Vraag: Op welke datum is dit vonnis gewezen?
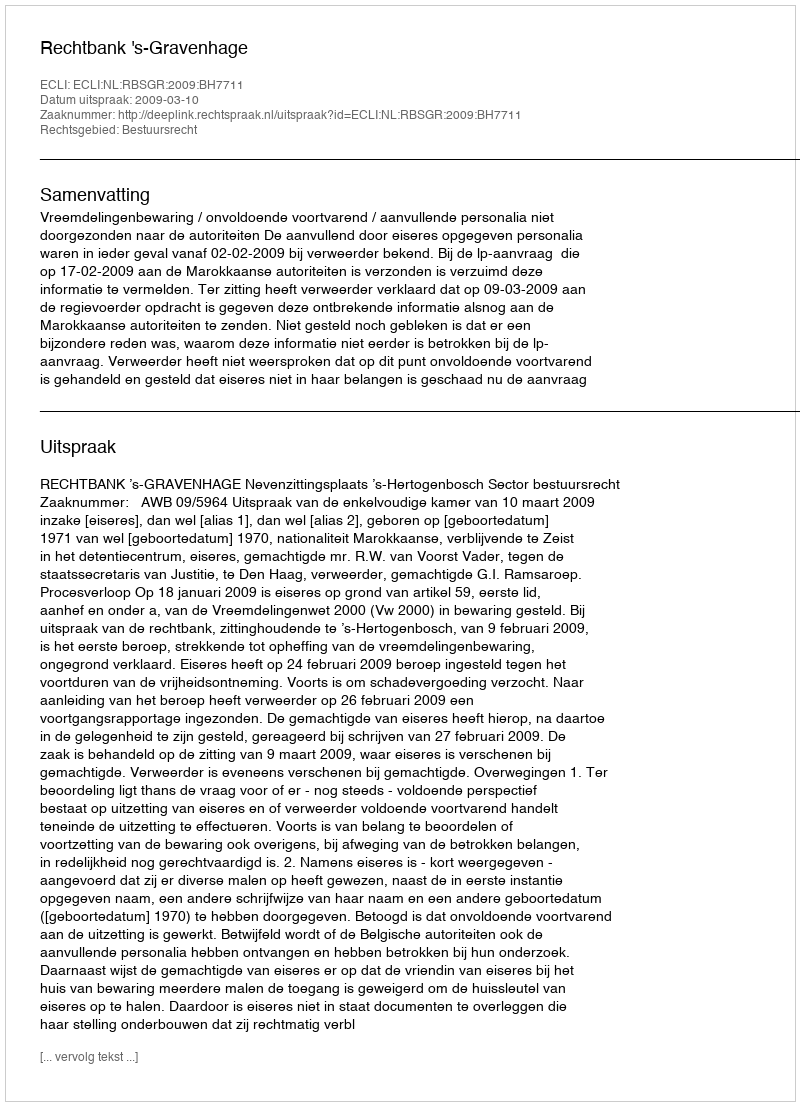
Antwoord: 2009-03-10